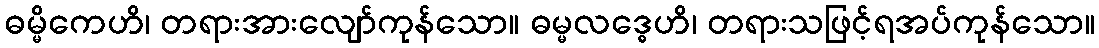
ဓမ္မိကေဟိ၊ တရားအားလျော်ကုန်သော။ ဓမ္မလဒ္ဓေဟိ၊ တရားသဖြင့်ရအပ်ကုန်သော။